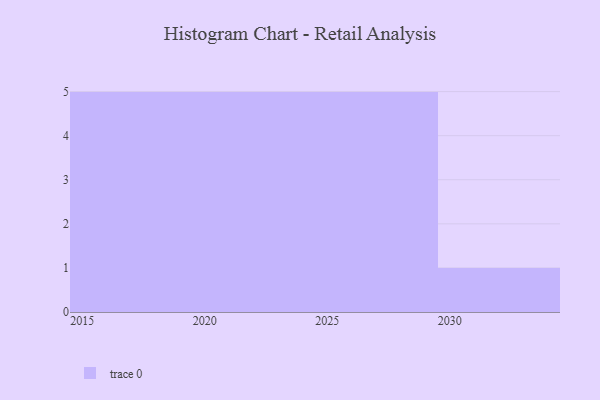
{"axis": {"x": "Year", "y": "Shipments"}, "legend": [""], "data": [{"x": "2029", "y": 70, "type": ""}, {"x": "2022", "y": 34, "type": ""}, {"x": "2019", "y": 87, "type": ""}, {"x": "2020", "y": 73, "type": ""}, {"x": "2015", "y": 71, "type": ""}, {"x": "2026", "y": 17, "type": ""}, {"x": "2030", "y": 36, "type": ""}, {"x": "2021", "y": 50, "type": ""}, {"x": "2027", "y": 100, "type": ""}, {"x": "2017", "y": 11, "type": ""}, {"x": "2016", "y": 58, "type": ""}, {"x": "2023", "y": 40, "type": ""}, {"x": "2018", "y": 20, "type": ""}, {"x": "2025", "y": 75, "type": ""}, {"x": "2028", "y": 31, "type": ""}, {"x": "2024", "y": 33, "type": ""}]}